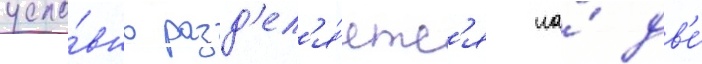
усло́вно разд'ел'я́етс'я на́ дв'е́